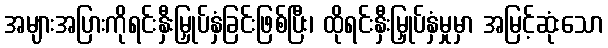
အများအပြားကိုရင်းနှီးမြှုပ်နှံခြင်းဖြစ်ပြီး၊ ထိုရင်းနှီးမြှုပ်နှံမှုမှာ အမြင့်ဆုံးသော